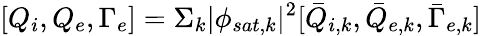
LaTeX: [Q_{i},Q_{e},\Gamma_{e}]=\Sigma_{k}|\phi_{sat,k}|^{2}[\bar{Q}_{i,k},\bar{Q}_{e,k},\bar{\Gamma}_{e,k}]